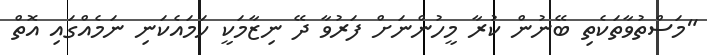
"މަސްތުވާތަކެތި ބޭނުން ކުރާ މީހުންނަށް ފަރުވާ ދޭ ނިޒާމަކީ ހަމައެކަނި ނަމެއްގައި އޮތް